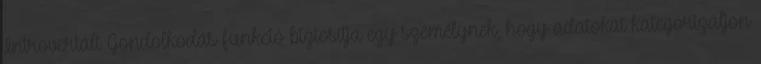
Introvertált Gondolkodás funkció biztosítja egy személynek, hogy adatokat kategorizáljon